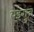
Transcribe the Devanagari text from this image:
एइगुन